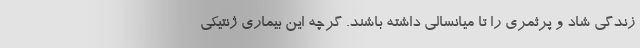
زندگی شاد و پرثمری را تا میانسالی داشته باشند. گرچه این بیماری ژنتیکی